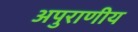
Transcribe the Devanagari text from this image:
अपुराणीय